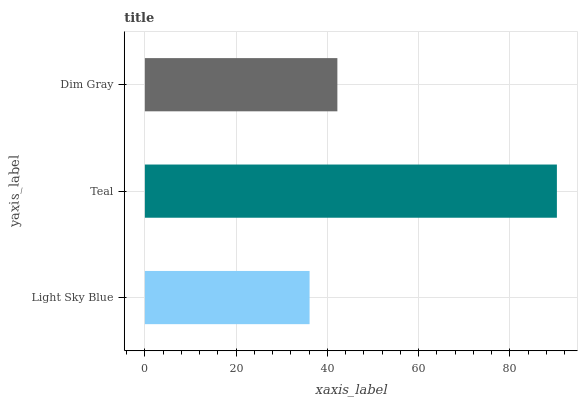
| yaxis_label | bars |
 | --- | --- |
 | Light Sky Blue | 36.1 |
 | Teal | 90.3 |
 | Dim Gray | 42.2 |